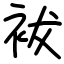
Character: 袚